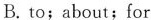
B.to;about;for